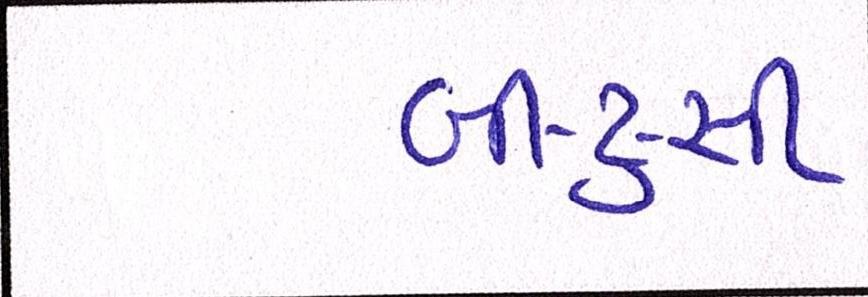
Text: બી-ટુ-સી